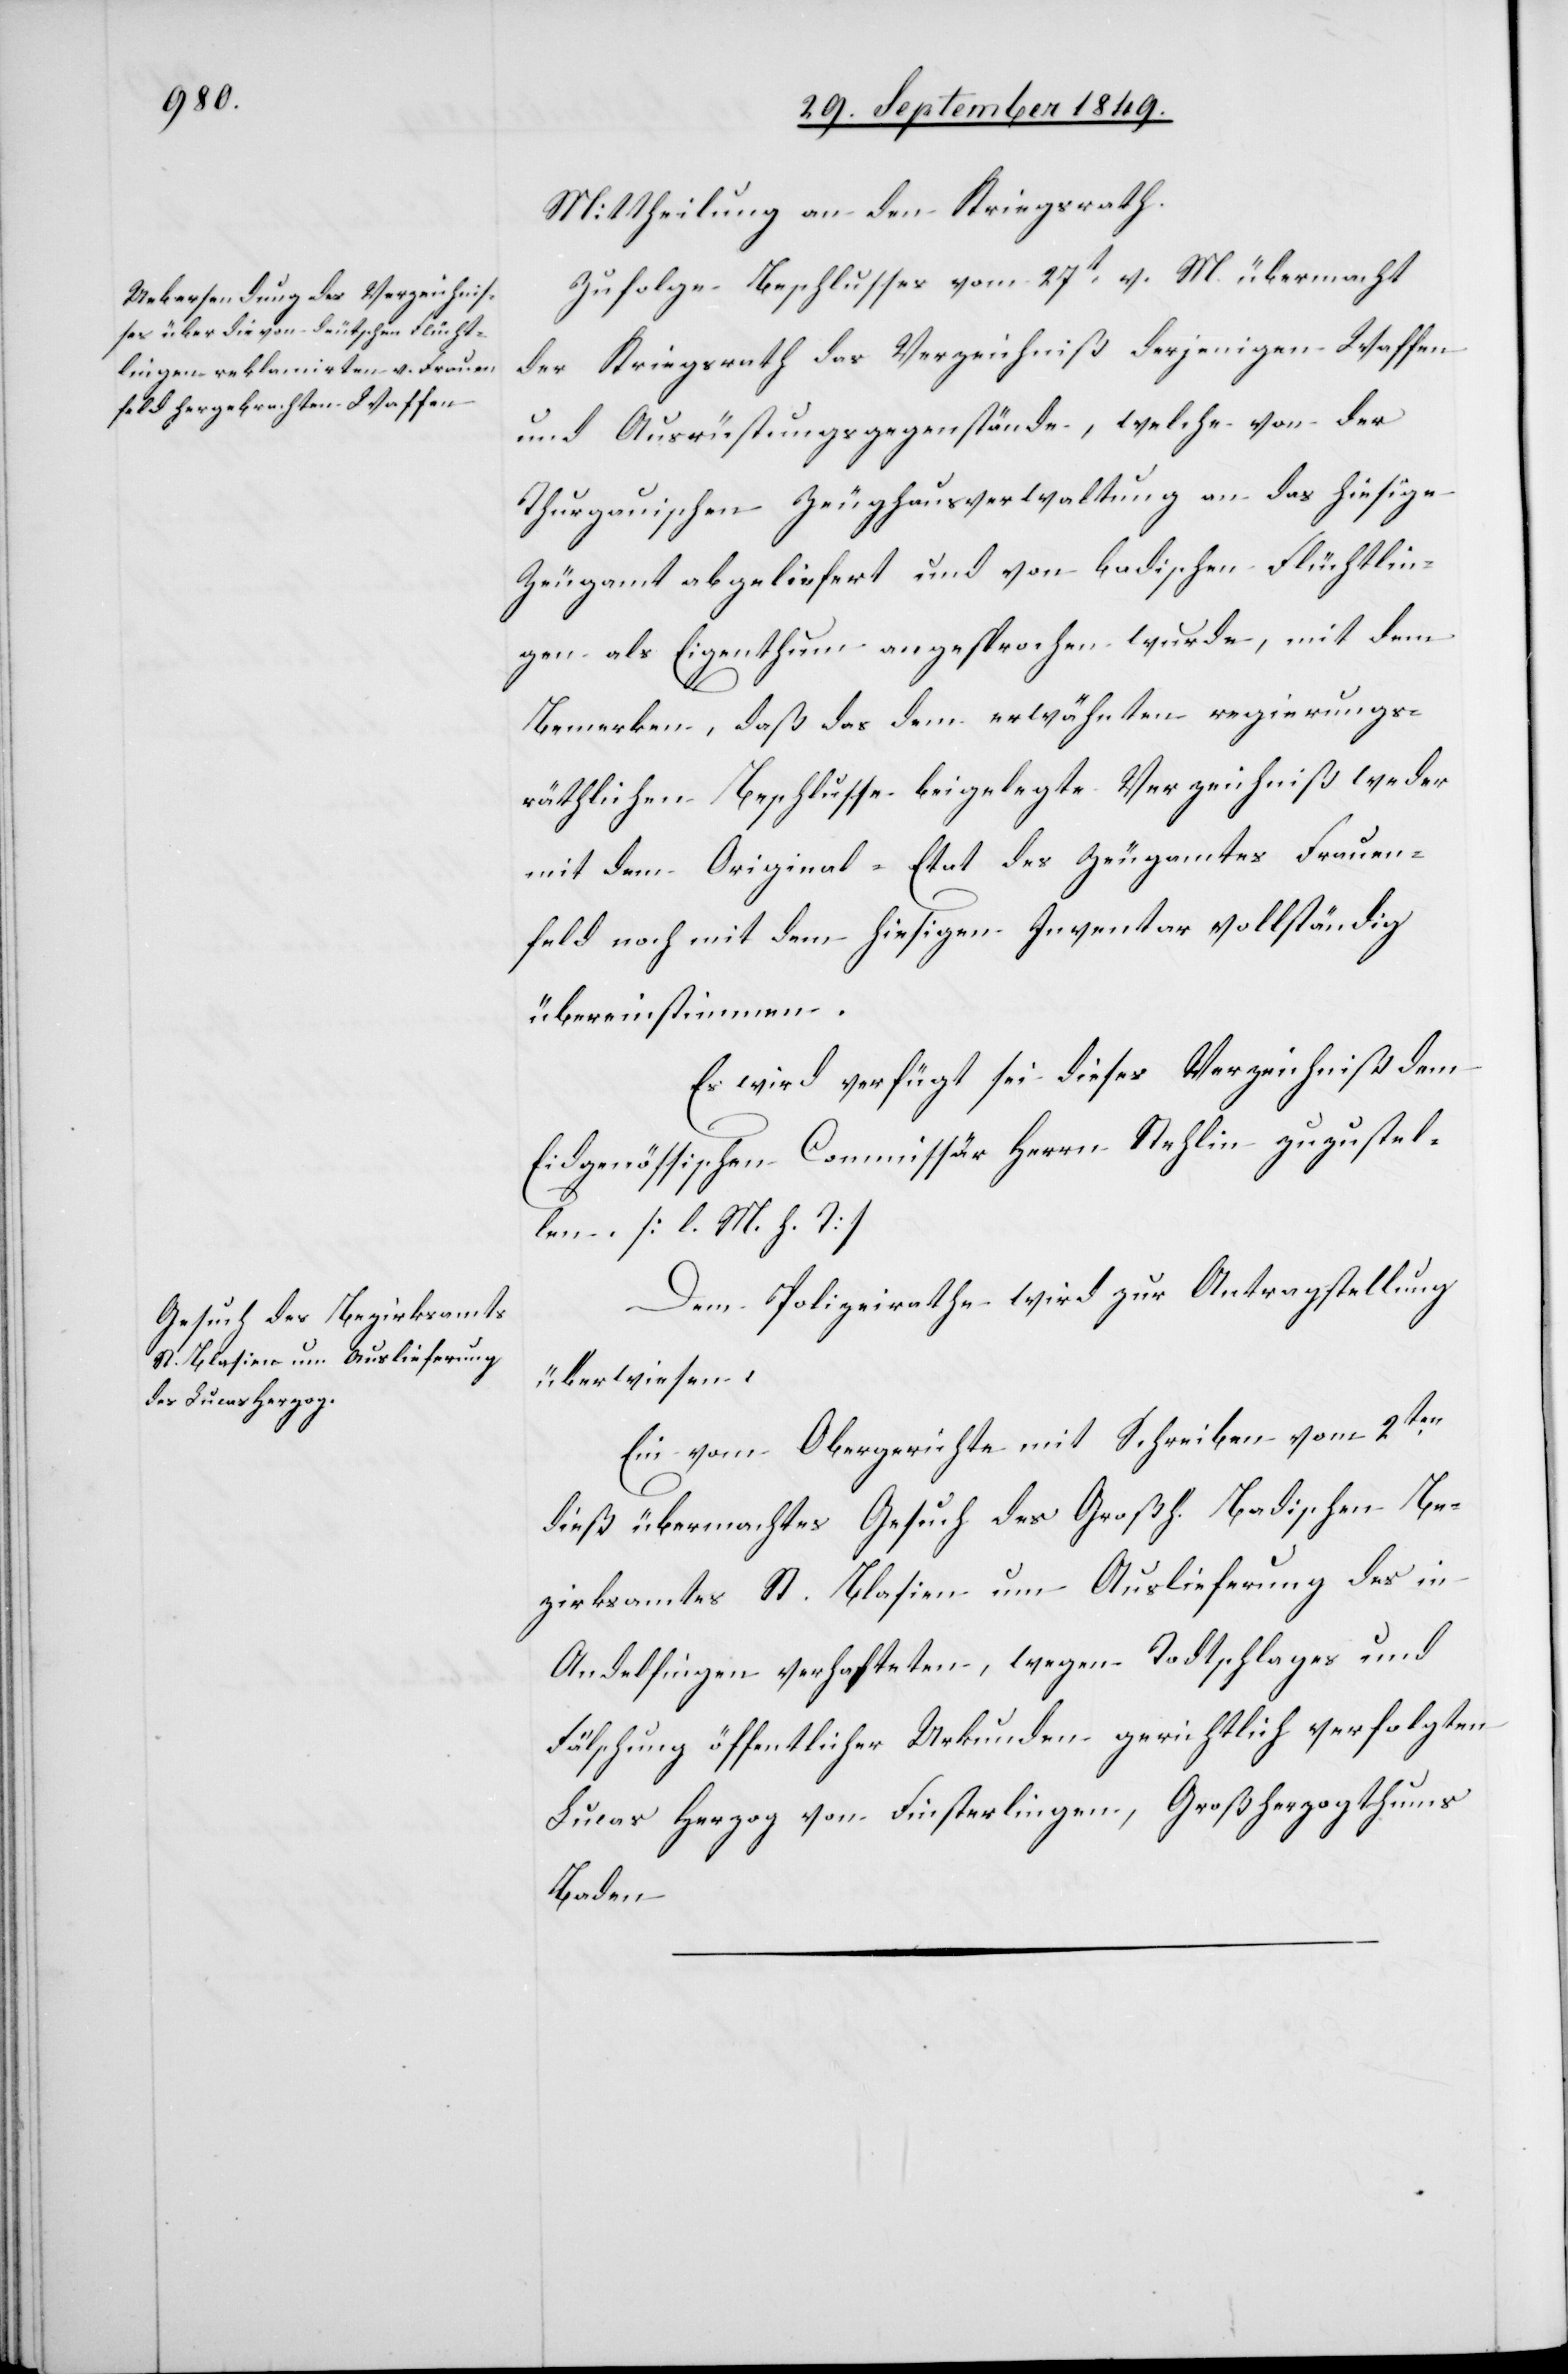
Mittheilung an den Kriegsrath.
Zufolge Beschlusses vom 27t v. M. übermacht
der Kriegsrath das Verzeichniß derjenigen Waffen
und Ausrüstungsgegenstände, welche von der
Thurgauischen Zeughausverwaltung an das hiesige
Zeugamt abgeliefert und von badischen Flüchtlin¬
gen als Eigenthum angesprochen wurde, mit dem
Bemerken, daß das dem erwähnten regierungs¬
räthlichen Beschlusse beigelegte Verzeichniß weder
mit dem Original-Etat des Zeugamtes Frauen¬
feld noch mit dem hiesigen Inventar vollständig
übereinstimmen.
Es wird verfügt sei dieses Verzeichniß dem
Eidgenössischen Commissär Herrn Stehlin zuzustel¬
len. [l. M. h. T]
Dem Polizeirathe wird zur Antragstellung
überwiesen:
Ein vom Obergerichte mit Schreiben vom 2ten
dieß übermachtes Gesuch des Großh. Badischen Be¬
zirksamtes St. Blasien um Auslieferung des in
Andelfingen verhafteten, wegen Todtschlages und
Fälschung öffentlicher Urkunden gerichtlich verfolgten
Lucas Herzog von Finsterlingen, Großherzogthums
Baden.